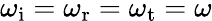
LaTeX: \omega_{\mathrm{i}}=\omega_{\mathrm{r}}=\omega_{\mathrm{t}}=\omega